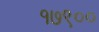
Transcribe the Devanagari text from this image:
१७९००